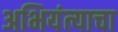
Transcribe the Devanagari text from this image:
अभियंत्याचा